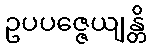
ဥပပဇ္ဇေယျန္တိ